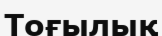
Тоғылық